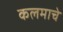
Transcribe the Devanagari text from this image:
कलमाचे